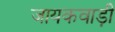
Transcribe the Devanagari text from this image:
जायकवाड़ी